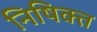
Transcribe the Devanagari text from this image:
निषिक्त